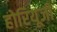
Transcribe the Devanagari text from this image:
होरियूजी